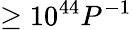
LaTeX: \geq 10^{44}P^{-1}